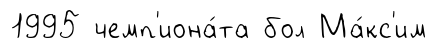
1995 чемп'иона́та бол Ма́кс'им